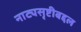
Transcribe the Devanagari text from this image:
नाट्यसृष्टीबद्दल